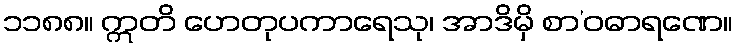
၁၁၈၈။ ဣတိ ဟေတုပကာရေသု၊ အာဒိမှိ စာ’ဝဓာရဏေ။